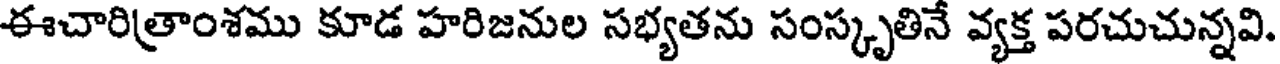
ఈచారిత్రాంశము కూడ హరిజనుల సభ్యతను సంస్కృతినే వ్యక్త పరచుచున్నవి.